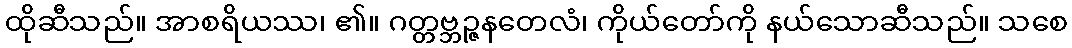
ထိုဆီသည်။ အာစရိယဿ၊ ၏။ ဂတ္တဗ္ဘဉ္ဇနတေလံ၊ ကိုယ်တော်ကို နယ်သောဆီသည်။ သစေ